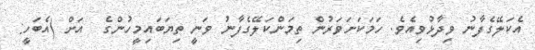
އެކަލޭގެފާނު ވިދާޅުވިއެވެ. ހަމަކަށަވަރުން ތިމަންކަލޭގެފާނު ވަނީ ތިޔަބައިމީހުންގެ  އަށް (އެބަހީ: